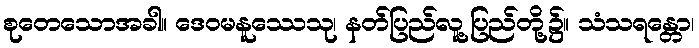
စုတေသောအခါ။ ဒေဝမနူဿေသု၊ နတ်ပြည်လူ့ပြည်တို့၌။ သံသရန္တော၊